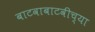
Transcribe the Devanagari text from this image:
बाटवाबाटवीच्या